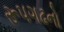
રૂપગઢનો